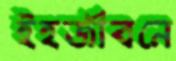
ইহজীবনে